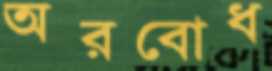
অরবোধ